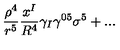
\frac { \rho ^ { 4 } } { r ^ { 5 } } \frac { x ^ { I } } { R ^ { 4 } } \gamma _ { I } \gamma ^ { 0 5 } \sigma ^ { 5 } + . . .